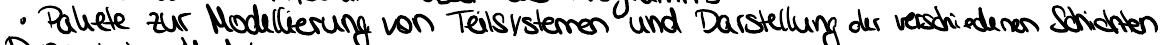
Pakete zur Modellierung von Teilsystemen und Darstellung der verschiedenen Schichten